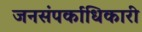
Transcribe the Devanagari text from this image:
जनसंपर्काधिकारी